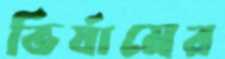
ভির্যামের